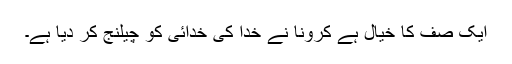
ایک صف کا خیال ہے کرونا نے خدا کی خدائی کو چیلنج کر دیا ہے۔